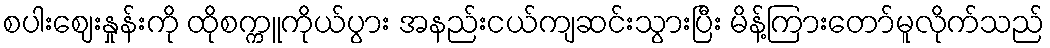
စပါးဈေးနှုန်းကို ထိုစက္ကူကိုယ်ပွား အနည်းငယ်ကျဆင်းသွားပြီး မိန့်ကြားတော်မူလိုက်သည်